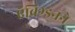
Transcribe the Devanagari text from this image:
ऍबिग्डनने